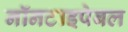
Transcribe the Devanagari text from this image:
नॉनटाइपेबल